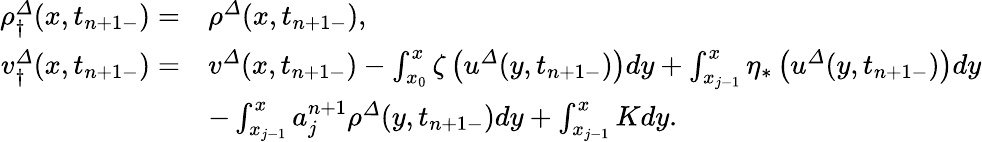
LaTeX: \begin{array}{rl}{{\rho}_{\dagger}^{\varDelta}(x,t_{n+1-})=}&{{\rho}^{\varDelta}(x,t_{n+1-}),}\\ {{v}_{\dagger}^{\varDelta}(x,t_{n+1-})=}&{{v}^{\varDelta}(x,t_{n+1-})-\int_{x_{0}}^{x}\zeta\left({u}^{\varDelta}(y,t_{n+1-})\right)dy+\int_{x_{j-1}}^{x}\eta_{\ast}\left({u}^{\varDelta}(y,t_{n+1-})\right)dy}\\ &{-\int_{x_{j-1}}^{x}a_{j}^{n+1}{\rho}^{\varDelta}(y,t_{n+1-})dy+\int_{x_{j-1}}^{x}Kdy.}\end{array}